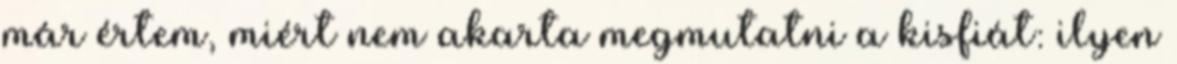
már értem, miért nem akarta megmutatni a kisfiát: ilyen